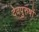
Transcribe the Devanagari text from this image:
देवपुरुषों